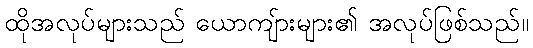
ထိုအလုပ်များသည် ယောကျ်ားများ၏ အလုပ်ဖြစ်သည်။